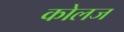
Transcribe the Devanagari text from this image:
कोलज